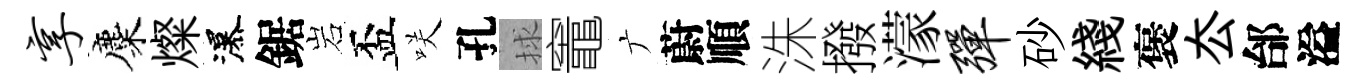
享麋燦瀑鋸岩盃咲孔捄竈广蔚順洙撥濛弹砂綫褒厺邰溢